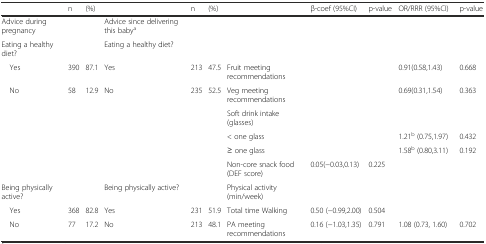
<table><thead><tr><td></td><td><b>n</b></td><td><b>(%)</b></td><td></td><td><b>n</b></td><td><b>(%)</b></td><td></td><td><b>β-coef (95%CI)</b></td><td><b>p-value</b></td><td><b>OR/RRR (95%CI)</b></td><td><b>p-value</b></td></tr></thead><tbody><tr><td>Advice during pregnancy</td><td></td><td></td><td>Advice since delivering this baby<sup>a</sup></td><td></td><td></td><td></td><td></td><td></td><td></td><td></td></tr><tr><td>Eating a healthy diet?</td><td></td><td></td><td>Eating a healthy diet?</td><td></td><td></td><td></td><td></td><td></td><td></td><td></td></tr><tr><td> Yes</td><td>390</td><td>87.1</td><td>Yes</td><td>213</td><td>47.5</td><td>Fruit meeting recommendations</td><td></td><td></td><td>0.91(0.58,1.43)</td><td>0.668</td></tr><tr><td> No</td><td>58</td><td>12.9</td><td>No</td><td>235</td><td>52.5</td><td>Veg meeting recommendations</td><td></td><td></td><td>0.69(0.31,1.54)</td><td>0.363</td></tr><tr><td></td><td></td><td></td><td></td><td></td><td></td><td>Soft drink intake (glasses)</td><td></td><td></td><td></td><td></td></tr><tr><td></td><td></td><td></td><td></td><td></td><td></td><td>&lt; one glass</td><td></td><td></td><td>1.21<sup>b</sup> (0.75,1.97)</td><td>0.432</td></tr><tr><td></td><td></td><td></td><td></td><td></td><td></td><td>≥ one glass</td><td></td><td></td><td>1.58<sup>b</sup> (0.80,3.11)</td><td>0.192</td></tr><tr><td></td><td></td><td></td><td></td><td></td><td></td><td>Non-core snack food (DEF score)</td><td>0.05(−0.03,0.13)</td><td>0.225</td><td></td><td></td></tr><tr><td>Being physically active?</td><td></td><td></td><td>Being physically active?</td><td></td><td></td><td>Physical activity (min/week)</td><td></td><td></td><td></td><td></td></tr><tr><td> Yes</td><td>368</td><td>82.8</td><td>Yes</td><td>231</td><td>51.9</td><td>Total time Walking</td><td>0.50 (−0.99,2.00)</td><td>0.504</td><td></td><td></td></tr><tr><td> No</td><td>77</td><td>17.2</td><td>No</td><td>213</td><td>48.1</td><td>PA meeting recommendations</td><td>0.16 (−1.03,1.35)</td><td>0.791</td><td>1.08 (0.73, 1.60)</td><td>0.702</td></tr></tbody></table>